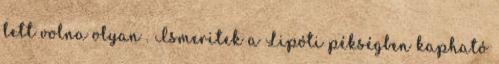
lett volna olyan . Ismeritek a Lipóti pékségben kapható